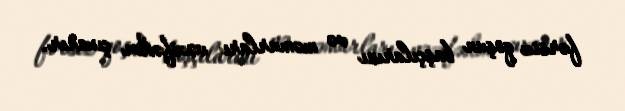
fərsiz qoşun başçılarını və məmurları vəzifədən çıxarır.